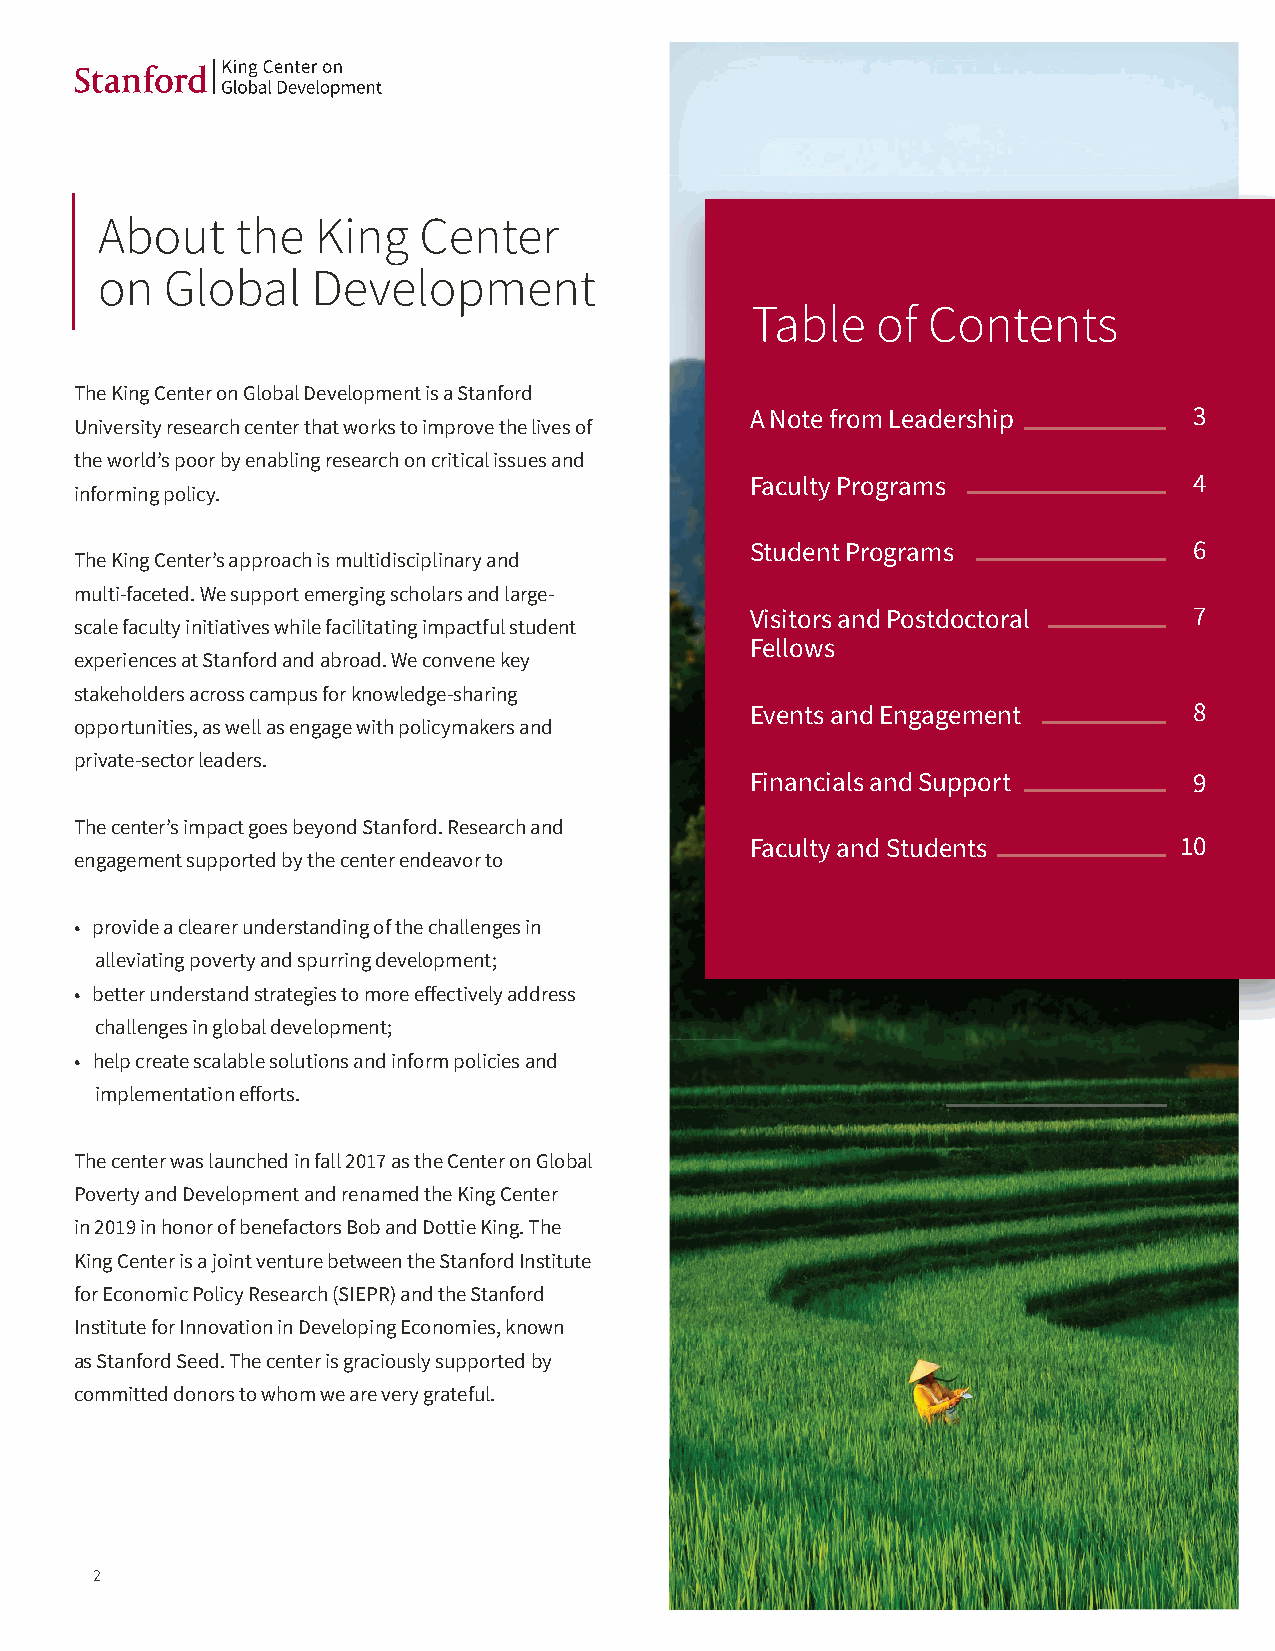
SSttaannffoorrdd KKiinngg CCeenntteerr
 22002200 AAnnnnuuaall RReeppoorrtt
 About     the  King   Center
 on   Global    Development
 Table   of Contents
 The King Center on Global Development is a Stanford
 A Note from Leadership       3
 University research center that works to improve the lives of
 the world’s poor by enabling research on critical issues and
 Faculty Programs             4
 informing policy.
 Student Programs             6
 The King Center’s approach is multidisciplinary and
 multi-faceted. We support emerging scholars and large-
 Visitors and Postdoctoral    7
 scale faculty initiatives while facilitating impactful student
 Fellows
 experiences at Stanford and abroad. We convene key
 stakeholders across campus for knowledge-sharing
 Events and Engagement        8
 opportunities, as well as engage with policymakers and
 private-sector leaders.
 Financials and Support       9
 The center’s impact goes beyond Stanford. Research and
 Faculty and Students        10
 engagement supported by the center endeavor to
 • provide a clearer understanding of the challenges in
 alleviating poverty and spurring development;
 • better understand strategies to more eff ectively address
 challenges in global development;
 • help create scalable soluti#on#s and inform policies and
 implementation eff orts.
 The center was launched in fall 2017 as the Center on Global
 Poverty and Development and renamed the King Center
 in 2019 in honor of benefactors Bob and Dottie King. The
 King Center is a joint venture between the Stanford Institute
 for Economic Policy Research (SIEPR) and the Stanford
 Institute for Innovation in Developing Economies, known
 as Stanford Seed. The center is graciously supported by
 committed donors to whom we are very grateful.
 2                                                                                    2